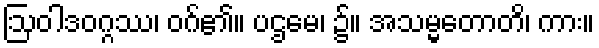
ဩဝါဒဝဂ္ဂဿ၊ ဝဂ်၏။ ပဌမေ၊ ၌။ အသမ္မတောတိ၊ ကား။